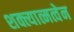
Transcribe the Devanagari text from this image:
शक्त्यात्मत्वेन